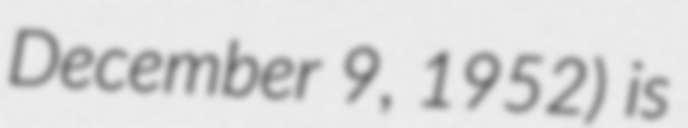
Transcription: December 9, 1952) is